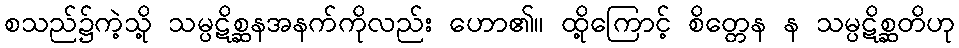
စသည်၌ကဲ့သို့ သမ္ပဋိစ္ဆနအနက်ကိုလည်း ဟော၏။ ထို့ကြောင့် စိတ္တေန န သမ္ပဋိစ္ဆတိဟု